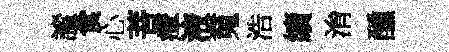
謐食心菩瘴液䰟浩續㳙醺